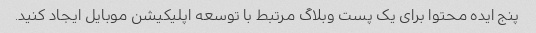
پنج ایده محتوا برای یک پست وبلاگ مرتبط با توسعه اپلیکیشن موبایل ایجاد کنید.